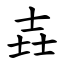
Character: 壵